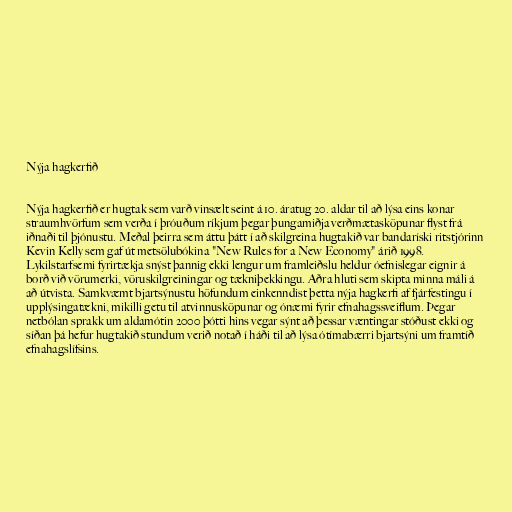
Nýja hagkerfið

Nýja hagkerfið er hugtak sem varð vinsælt seint á 10. áratug 20. aldar til að lýsa eins konar
straumhvörfum sem verða í þróuðum ríkjum þegar þungamiðja verðmætasköpunar flyst frá
iðnaði til þjónustu. Meðal þeirra sem áttu þátt í að skilgreina hugtakið var bandaríski ritstjórinn
Kevin Kelly sem gaf út metsölubókina "New Rules for a New Economy" árið 1998.
Lykilstarfsemi fyrirtækja snýst þannig ekki lengur um framleiðslu heldur óefnislegar eignir á
borð við vörumerki, vöruskilgreiningar og tækniþekkingu. Aðra hluti sem skipta minna máli á
að útvista. Samkvæmt bjartsýnustu höfundum einkenndist þetta nýja hagkerfi af fjárfestingu í
upplýsingatækni, mikilli getu til atvinnusköpunar og ónæmi fyrir efnahagssveiflum. Þegar
netbólan sprakk um aldamótin 2000 þótti hins vegar sýnt að þessar væntingar stóðust ekki og
síðan þá hefur hugtakið stundum verið notað í háði til að lýsa ótímabærri bjartsýni um framtíð
efnahagslífsins.